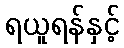
ရယူရန်နှင့်